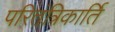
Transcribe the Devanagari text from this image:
परितंत्रिकार्ति